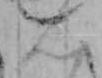
ん